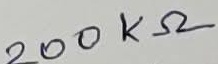
Text: 200KΩ